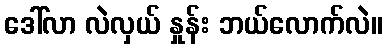
ဒေါ်လာ လဲလှယ် နှုန်း ဘယ်လောက်လဲ။